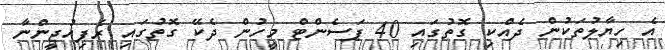
އެ ހިޔާލުތަކުން ދެއްކި ގޮތުގައި 40 ޕަސެންޓް މީހުން ދެކޭ ގޮތުގައި ރެފިއުޖީންނާ